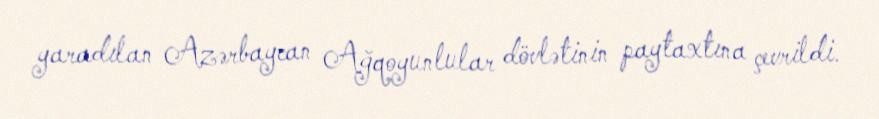
yaradılan Azərbaycan Ağqoyunlular dövlətinin paytaxtına çevrildi.